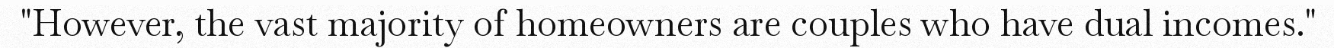
"However, the vast majority of homeowners are couples who have dual incomes."